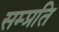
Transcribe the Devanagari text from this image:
सम्‍प्रति